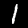
Digit: 1